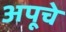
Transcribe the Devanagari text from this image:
अपूचे